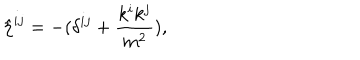
LaTeX: { \hat { \eta } } ^ { i j } = - ( \delta ^ { i j } + { \frac { k ^ { i } k ^ { j } } { m ^ { 2 } } } ) ,